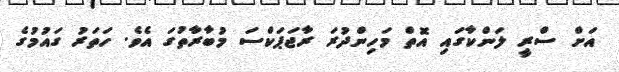
އަށް ސްރީ ލަންކާގައި އޮތް މަހިންދުރަ ރާޖަޕަކްސަ މުބާރާތުގަ އެވެ. ހަތަރު ގައުމުގެ